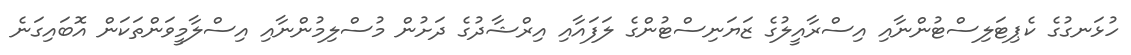
ހުޅަނގުގެ ކެޕިޓަލިސްޓުންނާއި އިސްރާއީލުގެ ޒަޔަނިސްޓުންގެ ލަފައާއި އިރްޝާދުގެ ދަށުން މުސްލިމުންނާއި އިސްލާމީވަންތަކަން އޮބައިގަނެ